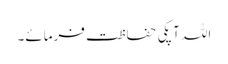
اللہ آپکی حفاظت فرمائے۔